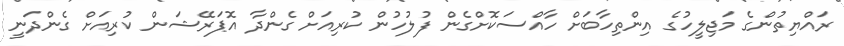
ރައްޔިތުންގެ މަޖިލީހުގެ އިންތިހާބަށް ހާއްސަކޮށްގެން ފުލުހުން ކުރިއަށް ގެންދާ އޮޕަރޭޝަން ކުރިއަށް ގެންދަނީ